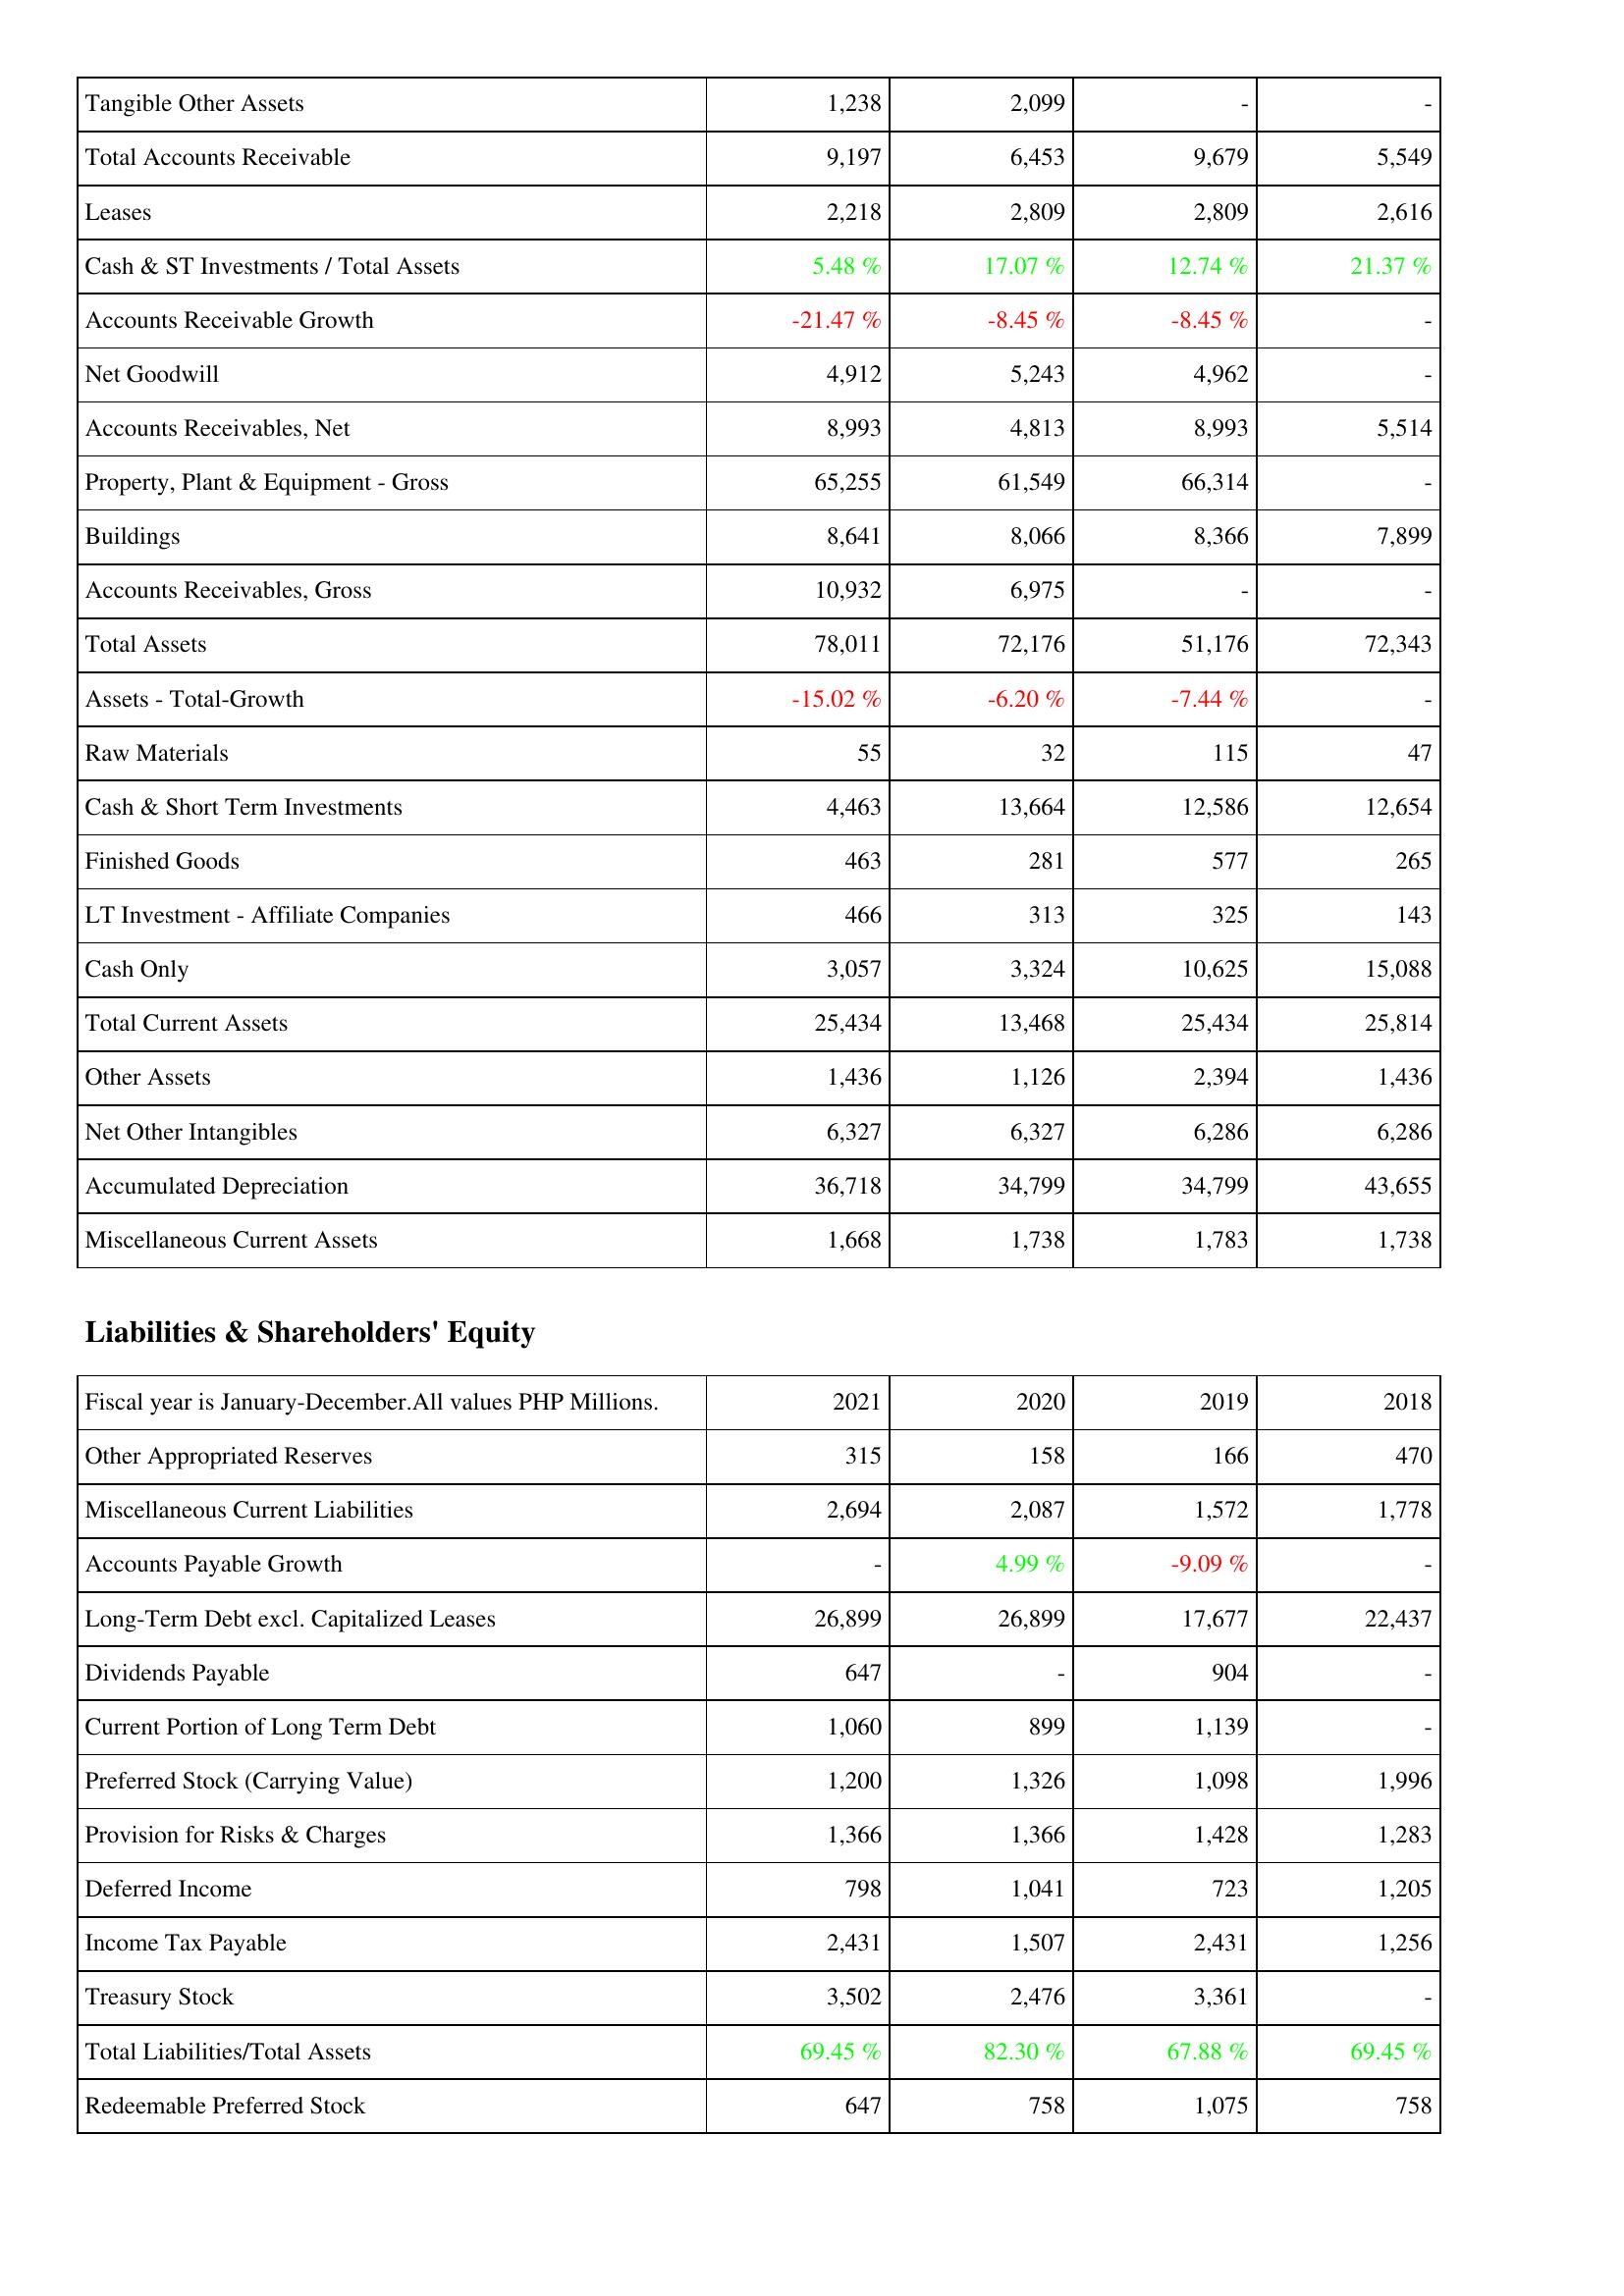
2021: Assets: Tangible Other Assets: 1,238
Total Accounts Receivable: 9,197
Leases: 2,218
Cash & ST Investments / Total Assets: 5.48 %
Accounts Receivable Growth: -21.47 %
Net Goodwill: 4,912
Accounts Receivables, Net: 8,993
Property, Plant & Equipment - Gross: 65,255
Buildings: 8,641
Accounts Receivables, Gross: 10,932
Total Assets: 78,011
Assets - Total-Growth: -15.02 %
Raw Materials: 55
Cash & Short Term Investments: 4,463
Finished Goods: 463
LT Investment - Affiliate Companies: 466
Cash Only: 3,057
Total Current Assets: 25,434
Other Assets: 1,436
Net Other Intangibles: 6,327
Accumulated Depreciation: 36,718
Miscellaneous Current Assets: 1,668
Liabilities & Shareholders' Equity: Other Appropriated Reserves: 315
Miscellaneous Current Liabilities: 2,694
Accounts Payable Growth: -
Long-Term Debt excl. Capitalized Leases: 26,899
Dividends Payable: 647
Current Portion of Long Term Debt: 1,060
Preferred Stock (Carrying Value): 1,200
Provision for Risks & Charges: 1,366
Deferred Income: 798
Income Tax Payable: 2,431
Treasury Stock: 3,502
Total Liabilities/Total Assets: 69.45 %
Redeemable Preferred Stock: 647
2020: Assets: Tangible Other Assets: 2,099
Total Accounts Receivable: 6,453
Leases: 2,809
Cash & ST Investments / Total Assets: 17.07 %
Accounts Receivable Growth: -8.45 %
Net Goodwill: 5,243
Accounts Receivables, Net: 4,813
Property, Plant & Equipment - Gross: 61,549
Buildings: 8,066
Accounts Receivables, Gross: 6,975
Total Assets: 72,176
Assets - Total-Growth: -6.20 %
Raw Materials: 32
Cash & Short Term Investments: 13,664
Finished Goods: 281
LT Investment - Affiliate Companies: 313
Cash Only: 3,324
Total Current Assets: 13,468
Other Assets: 1,126
Net Other Intangibles: 6,327
Accumulated Depreciation: 34,799
Miscellaneous Current Assets: 1,738
Liabilities & Shareholders' Equity: Other Appropriated Reserves: 158
Miscellaneous Current Liabilities: 2,087
Accounts Payable Growth: 4.99 %
Long-Term Debt excl. Capitalized Leases: 26,899
Dividends Payable: -
Current Portion of Long Term Debt: 899
Preferred Stock (Carrying Value): 1,326
Provision for Risks & Charges: 1,366
Deferred Income: 1,041
Income Tax Payable: 1,507
Treasury Stock: 2,476
Total Liabilities/Total Assets: 82.30 %
Redeemable Preferred Stock: 758
2019: Assets: Tangible Other Assets: -
Total Accounts Receivable: 9,679
Leases: 2,809
Cash & ST Investments / Total Assets: 12.74 %
Accounts Receivable Growth: -8.45 %
Net Goodwill: 4,962
Accounts Receivables, Net: 8,993
Property, Plant & Equipment - Gross: 66,314
Buildings: 8,366
Accounts Receivables, Gross: -
Total Assets: 51,176
Assets - Total-Growth: -7.44 %
Raw Materials: 115
Cash & Short Term Investments: 12,586
Finished Goods: 577
LT Investment - Affiliate Companies: 325
Cash Only: 10,625
Total Current Assets: 25,434
Other Assets: 2,394
Net Other Intangibles: 6,286
Accumulated Depreciation: 34,799
Miscellaneous Current Assets: 1,783
Liabilities & Shareholders' Equity: Other Appropriated Reserves: 166
Miscellaneous Current Liabilities: 1,572
Accounts Payable Growth: -9.09 %
Long-Term Debt excl. Capitalized Leases: 17,677
Dividends Payable: 904
Current Portion of Long Term Debt: 1,139
Preferred Stock (Carrying Value): 1,098
Provision for Risks & Charges: 1,428
Deferred Income: 723
Income Tax Payable: 2,431
Treasury Stock: 3,361
Total Liabilities/Total Assets: 67.88 %
Redeemable Preferred Stock: 1,075
2018: Assets: Tangible Other Assets: -
Total Accounts Receivable: 5,549
Leases: 2,616
Cash & ST Investments / Total Assets: 21.37 %
Accounts Receivable Growth: -
Net Goodwill: -
Accounts Receivables, Net: 5,514
Property, Plant & Equipment - Gross: -
Buildings: 7,899
Accounts Receivables, Gross: -
Total Assets: 72,343
Assets - Total-Growth: -
Raw Materials: 47
Cash & Short Term Investments: 12,654
Finished Goods: 265
LT Investment - Affiliate Companies: 143
Cash Only: 15,088
Total Current Assets: 25,814
Other Assets: 1,436
Net Other Intangibles: 6,286
Accumulated Depreciation: 43,655
Miscellaneous Current Assets: 1,738
Liabilities & Shareholders' Equity: Other Appropriated Reserves: 470
Miscellaneous Current Liabilities: 1,778
Accounts Payable Growth: -
Long-Term Debt excl. Capitalized Leases: 22,437
Dividends Payable: -
Current Portion of Long Term Debt: -
Preferred Stock (Carrying Value): 1,996
Provision for Risks & Charges: 1,283
Deferred Income: 1,205
Income Tax Payable: 1,256
Treasury Stock: -
Total Liabilities/Total Assets: 69.45 %
Redeemable Preferred Stock: 758